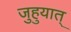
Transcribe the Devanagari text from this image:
जुहुयात्‌